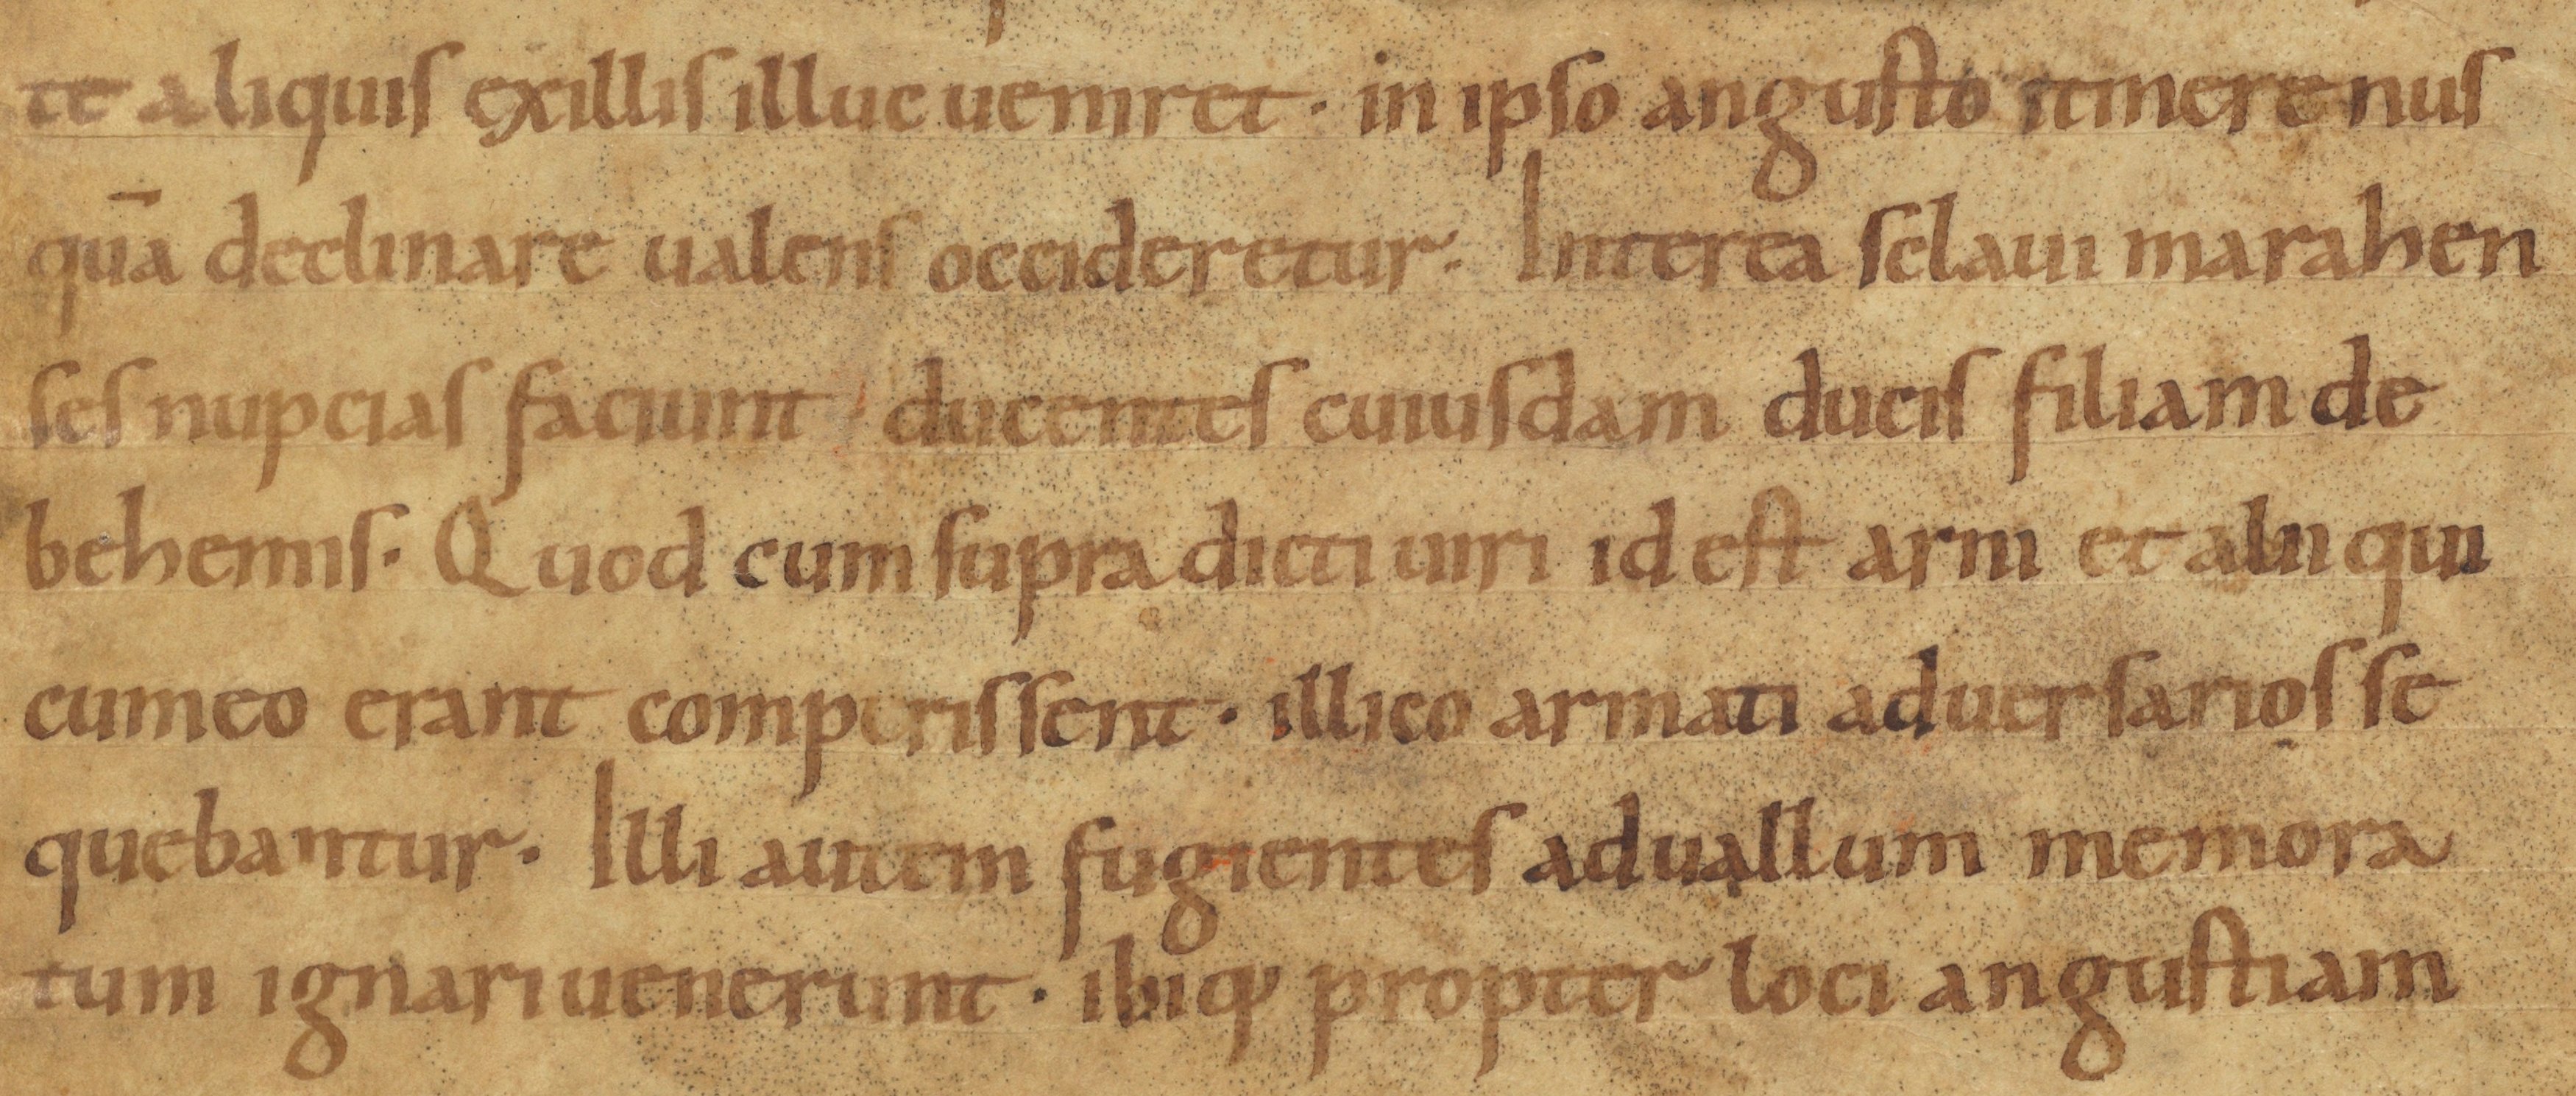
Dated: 900–1099